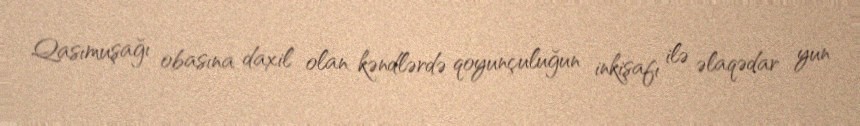
Qasımuşağı obasına daxil olan kəndlərdə qoyunçuluğun inkişafı ilə əlaqədar yun